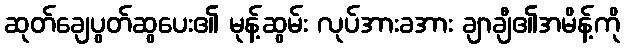
ဆုတ်ချေပွတ်ဆွပေး၏ မုန့်ဆွမ်း လုပ်အားခအား ချာချီ၏အမိန့်ကို